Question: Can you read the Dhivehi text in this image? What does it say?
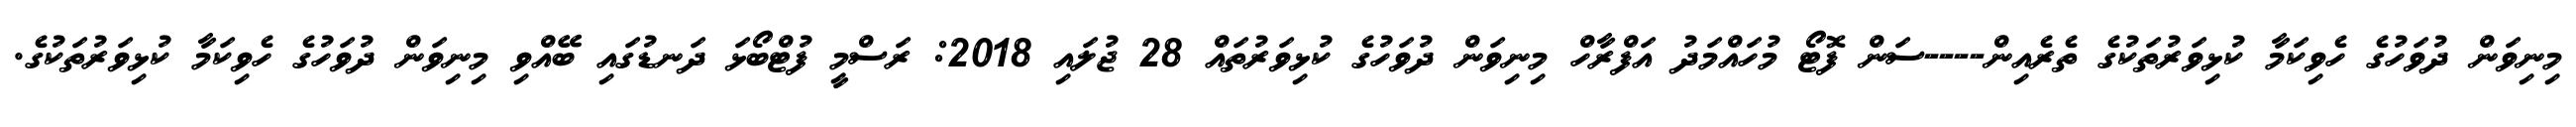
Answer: މިނިވަން ދުވަހުގެ ހެވިކަމާ ކުޅިވަރުތަކުގެ ތެރެއިން----ސަން ފޮޓޯ މުހައްމަދު އަފްރާހް މިނިވަން ދުވަހުގެ ކުޅިވަރުތައް 28 ޖުލައި 2018: ރަސްމީ ފުޓްބޯޅަ ދަނޑުގައި ބޭއްވި މިނިވަން ދުވަހުގެ ހެވިކަމާ ކުޅިވަރުތަކުގެ.